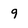
Character: 9